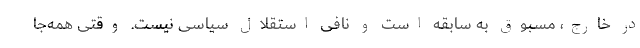
در خارج، مسبوق به سابقه است و نافی استقلال سیاسی نیست. وقتی همه‌جا